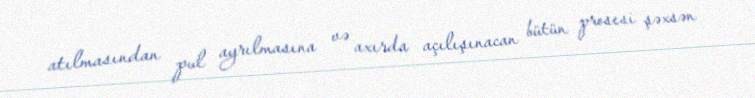
atılmasından pul ayrılmasına və axırda açılışınacan bütün prosesi şəxsən